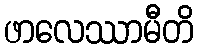
ဖာလေဿာမီတိ